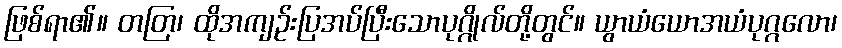
ဖြစ်ရာ၏။ တတြ၊ ထိုအကျဉ်းပြအပ်ပြီးသောပုဂ္ဂိုလ်တို့တွင်။ ယွာယံယောအယံပုဂ္ဂလော၊